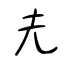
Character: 圥